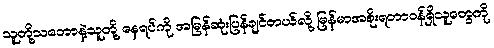
သူတို့သဘောနဲ့သူတို့ နေရပ်ကို အမြန်ဆုံးပြန်ချင်တယ်လို့ မြန်မာအစိုးရတာဝန်ရှိသူတွေကို